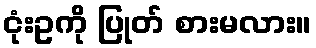
ငုံးဥကို ပြုတ် စားမလား။